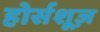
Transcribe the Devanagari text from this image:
होर्सशूज़